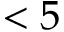
< 5